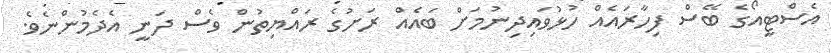
އެސްޓީއޯގެ ބޭސް ފިހާރައެއް ހުޅުވައިދިނުމަށް ބައެއް ރަށުގެ ރައްޔިތުން ވެސް ދަނީ އެދެމުންނެވެ.